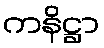
ကနိဋ္ဌာ